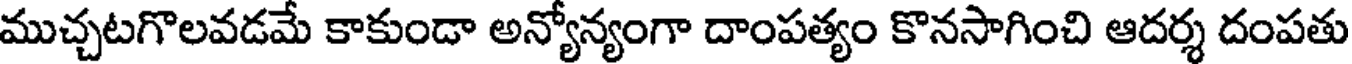
ముచ్చటగొలవడమే కాకుండా అన్యోన్యంగా దాంపత్యం కొనసాగించి ఆదర్శ దంపతు